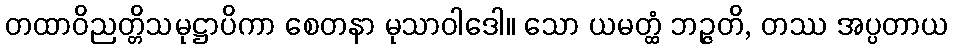
တထာဝိညတ္တိသမုဋ္ဌာပိကာ စေတနာ မုသာဝါဒေါ။ သော ယမတ္ထံ ဘဉ္ဇတိ, တဿ အပ္ပတာယ